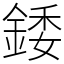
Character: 錗